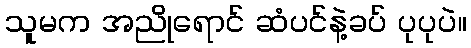
သူမက အညိုရောင် ဆံပင်နဲ့ခပ် ပုပုပဲ။